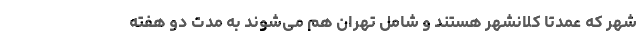
شهر که عمدتاً کلانشهر هستند و شامل تهران هم می‌شوند به مدت دو هفته